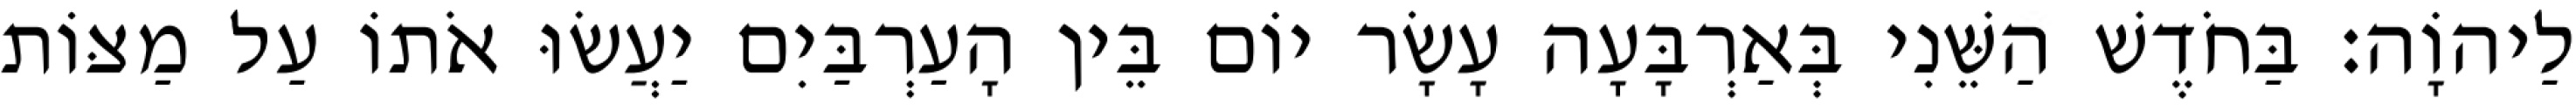
לַיהוָֹה׃ בַּחֹדֶשׁ הַשֵּׁנִי בְּאַרְבָּעָה עָשָׂר יוֹם בֵּין הָעַרְבַּיִם יַעֲשׂוּ אֹתוֹ עַל מַצּוֹת